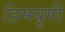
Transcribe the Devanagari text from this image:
हिमयुगी